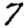
Digit: 7